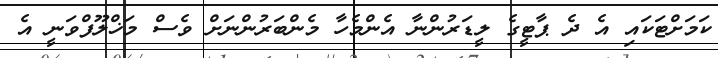
ކަމަށްޓަކައި އެ ދެ ޕާޓީގެ ލީޑަރުންނާ އެންމެހާ މެންބަރުންނަށް ވެސް މަޚްލޫފްވަނީ އެ